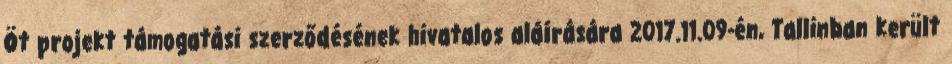
Öt projekt támogatási szerződésének hivatalos aláírására 2017.11.09-én, Tallinban került